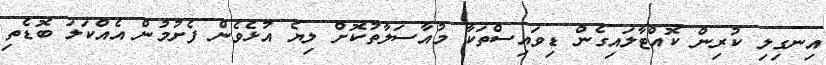
އިނގިލި ކުރިން ކޮއްޓާލައިގެން ޑިވައިސްތަކާ މުއާސަލާތުކޮށް ލިޔެ އުޅެވެން ފެށުމުން އެއްކަލަ ބޮޑެތި